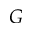
G